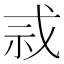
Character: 𫻫